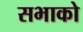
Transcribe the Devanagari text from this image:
सभाको